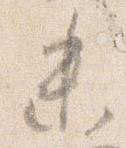
未